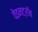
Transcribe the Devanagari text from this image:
वेइनट्रॉब